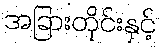
အခြားတိုင်းနှင့်